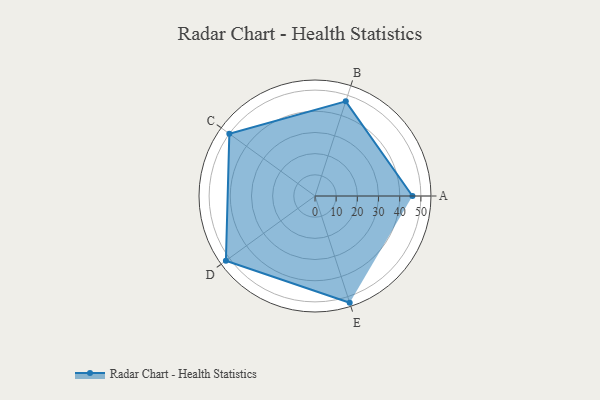
{"axis": {"x": "Skill", "y": "Score"}, "legend": ["Profile"], "data": [{"x": "A", "y": 46.0, "type": "Profile"}, {"x": "B", "y": 47.0, "type": "Profile"}, {"x": "C", "y": 50.0, "type": "Profile"}, {"x": "D", "y": 52.0, "type": "Profile"}, {"x": "E", "y": 53.0, "type": "Profile"}]}